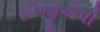
સીજીએપી